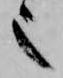
也